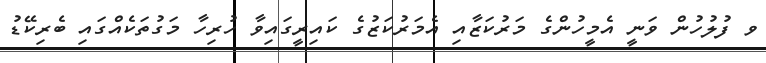
ވ ފުލުހުން ވަނީ އެމީހުންގެ މަރުކަޒާއި އެމަރުކަޒުގެ ކައިރީގައިވާ ހުރިހާ މަގުތަކެއްގައި ބެރިކޭޑު